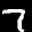
Label: 7